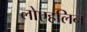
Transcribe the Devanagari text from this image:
लोएहलिन